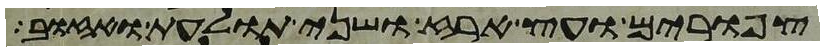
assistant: צפורים ועץ ארז ושני תולעת ואזוב